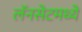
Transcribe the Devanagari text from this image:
लॅनसेटमध्ये